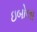
ઇબોલા